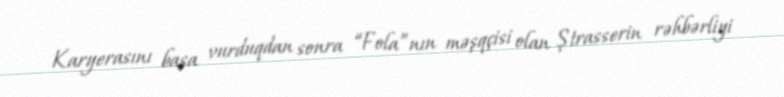
Karyerasını başa vurduqdan sonra “Fola”nın məşqçisi olan Ştrasserin rəhbərliyi